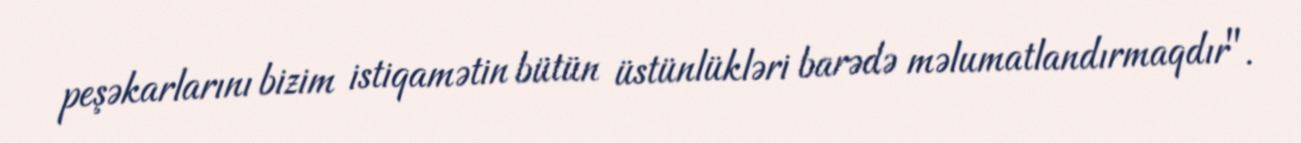
peşəkarlarını bizim istiqamətin bütün üstünlükləri barədə məlumatlandırmaqdır".